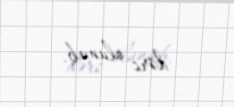
dərc olunub.